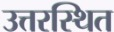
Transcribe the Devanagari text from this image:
उत्तरस्थित